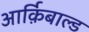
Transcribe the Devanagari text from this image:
आर्क़िबाल्ड